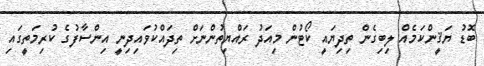
ބޮޑު ޔަޤީންކަމެއް ލިބިގެން ތިދިޔައީ ކޯޓުން މިއަދު ރައްޔިތުންނަށް ތިދައްކުވައިދިނީ އިންސާފުގެ ކުރިމަތީގައި